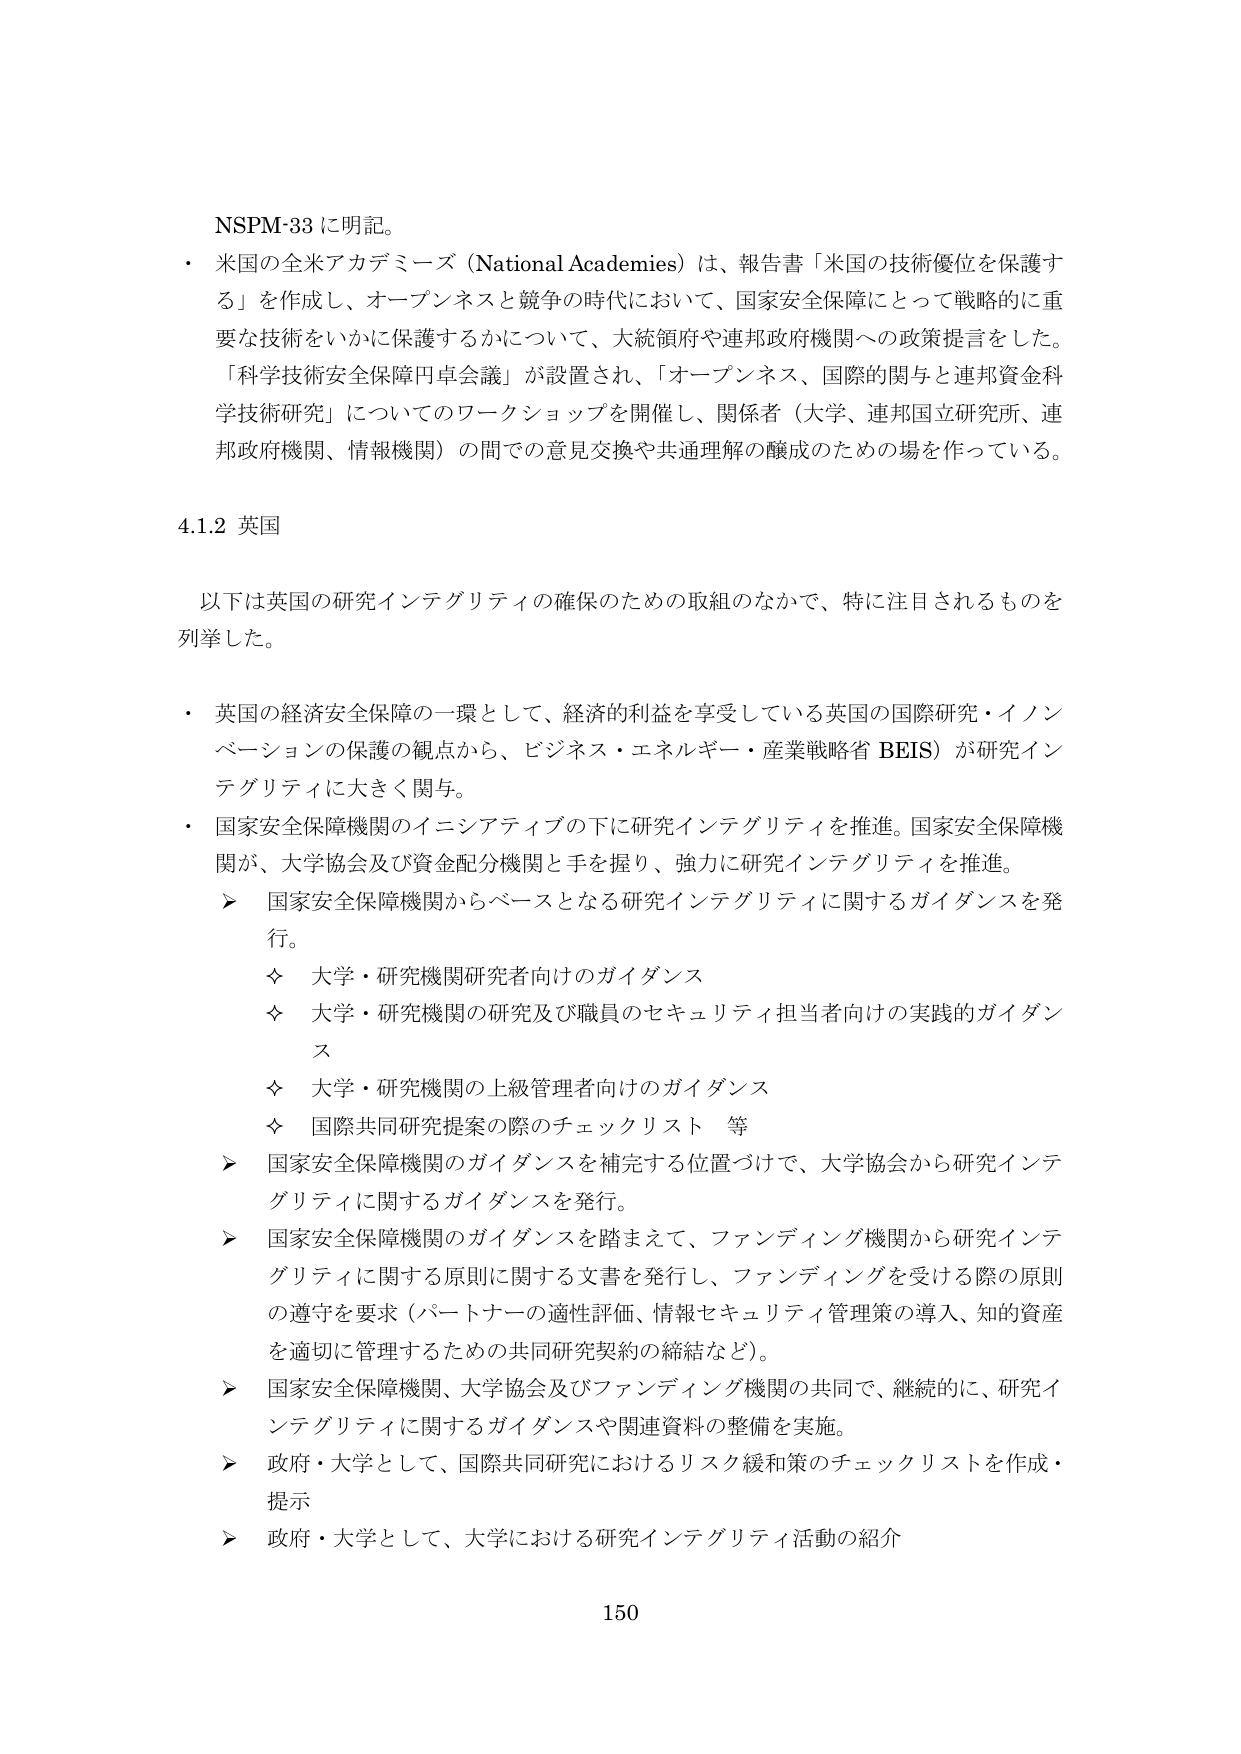
NSPM-33 に明記。

・ 米国の全米アカデミーズ（National Academies）は、報告書「米国の技術優位を保護する」を作成し、オープンネスと競争の時代において、国家安全保障にとって戦略的に重要な技術をいかに保護するかについて、大統領府や連邦政府機関への政策提言をした。「科学技術安全保障円卓会議」が設置され、「オープンネス、国際的関与と連邦資金科学技術研究」についてのワークショップを開催し、関係者（大学、連邦国立研究所、連邦政府機関、情報機関）の間での意見交換や共通理解の醸成のための場を作っている。

4.1.2 英国

以下は英国の研究インテグリティの確保のための取組のなかで、特に注目されるものを列挙した。

・ 英国の経済安全保障の一環として、経済的利益を享受している英国の国際研究・イノベーションの保護の観点から、ビジネス・エネルギー・産業戦略省（BEIS）が研究インテグリティに大きく関与。

・ 国家安全保障機関のイニシアティブの下に研究インテグリティを推進。国家安全保障機関が、大学協会及び資金配分機関と手を握り、強力に研究インテグリティを推進。

　➤ 国家安全保障機関からベースとなる研究インテグリティに関するガイダンスを発行。

　　◇ 大学・研究機関研究者向けのガイダンス

　　◇ 大学・研究機関の研究及び職員のセキュリティ担当者向けの実践的ガイダンス

　　◇ 大学・研究機関の上級管理者向けのガイダンス

　　◇ 国際共同研究提案の際のチェックリスト　等

　➤ 国家安全保障機関のガイダンスを補完する位置づけで、大学協会から研究インテグリティに関するガイダンスを発行。

　➤ 国家安全保障機関のガイダンスを踏まえて、ファンディング機関から研究インテグリティに関する原則に関する文書を発行し、ファンディングを受ける際の原則の遵守を要求（パートナーの適性評価、情報セキュリティ管理策の導入、知的資産を適切に管理するための共同研究契約の締結など）。

　➤ 国家安全保障機関、大学協会及びファンディング機関の共同で、継続的に、研究インテグリティに関するガイダンスや関連資料の整備を実施。

　➤ 政府・大学として、国際共同研究におけるリスク緩和策のチェックリストを作成・提示

　➤ 政府・大学として、大学における研究インテグリティ活動の紹介

150